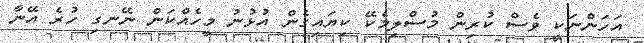
އަހަންނަކީ ވެސް ކުރިން މުސްލިމެކޭ ކިޔައިގެން އުޅުނު މީހެއްކަން ނޭނގި ހުރެ އޭނާ